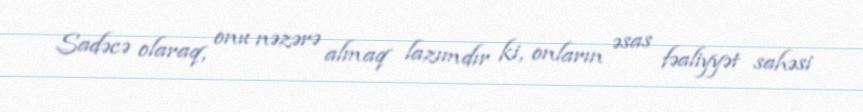
Sadəcə olaraq, onu nəzərə almaq lazımdır ki, onların əsas fəaliyyət sahəsi